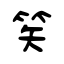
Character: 笶